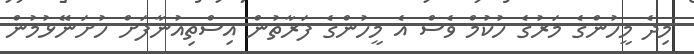
މިދެ މީހުންގެ މަރުގެ ހުކުމް ވެސް އެ މީހުންގެ ފަރާތުން އިސްތިއުނާފަށް ހުށަނޭޅުމުން